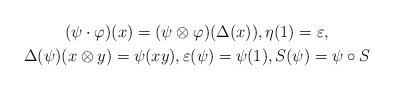
LaTeX: \begin{gather*} (\psi \cdot \varphi)(x) = (\psi \otimes \varphi)(\Delta(x)), \eta(1)=\varepsilon, \\ \Delta(\psi)(x \otimes y) = \psi(xy), \varepsilon(\psi) = \psi(1), S(\psi) = \psi \circ S \end{gather*}